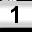
Digit: 1